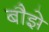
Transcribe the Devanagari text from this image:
बौझे